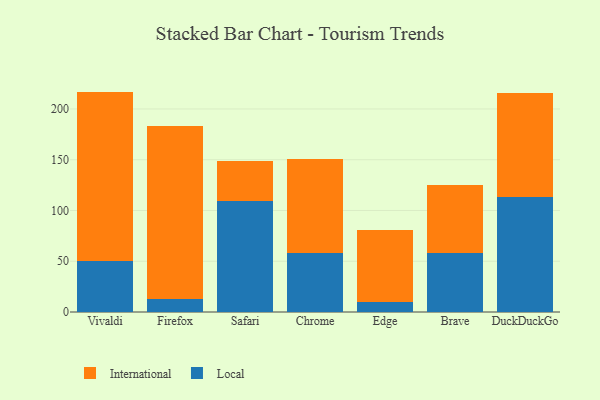
{"axis": {"x": "Browser", "y": "Satisfaction Score"}, "legend": ["International", "Local"], "data": [{"x": "Vivaldi", "y": 50.2, "type": "Local"}, {"x": "Vivaldi", "y": 166.9, "type": "International"}, {"x": "Firefox", "y": 13.2, "type": "Local"}, {"x": "Firefox", "y": 169.6, "type": "International"}, {"x": "Safari", "y": 108.9, "type": "Local"}, {"x": "Safari", "y": 40.3, "type": "International"}, {"x": "Chrome", "y": 58.5, "type": "Local"}, {"x": "Chrome", "y": 92.4, "type": "International"}, {"x": "Edge", "y": 9.9, "type": "Local"}, {"x": "Edge", "y": 70.9, "type": "International"}, {"x": "Brave", "y": 58.4, "type": "Local"}, {"x": "Brave", "y": 67.1, "type": "International"}, {"x": "DuckDuckGo", "y": 113.0, "type": "Local"}, {"x": "DuckDuckGo", "y": 102.3, "type": "International"}]}